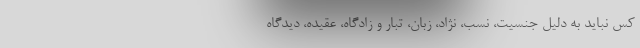
کس نباید به دلیل جنسیت، نسب، نژاد، زبان، تبار و زادگاه، عقیده، دیدگاه